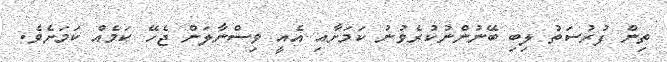
ތިން ފުރުސަތު ލިބި ބޭނުންނުކުރެވުނު ކަމަށާއި އެއީ ވިސްނާލަން ޖެހޭ ކަމެއް ކަމަށެވެ.